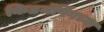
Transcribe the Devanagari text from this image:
किडनॅपिंगच्या